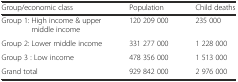
| Group/economic class | Population | Child deaths |
 | --- | --- | --- |
 | Group 1: High income & upper middle income | 120 209 000 | 235 000 |
 | Group 2: Lower middle income | 331 277 000 | 1 228 000 |
 | Group 3 : Low income | 478 356 000 | 1 513 000 |
 | Grand total | 929 842 000 | 2 976 000 |